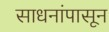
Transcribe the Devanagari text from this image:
साधनांपासून